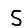
Digit: 5